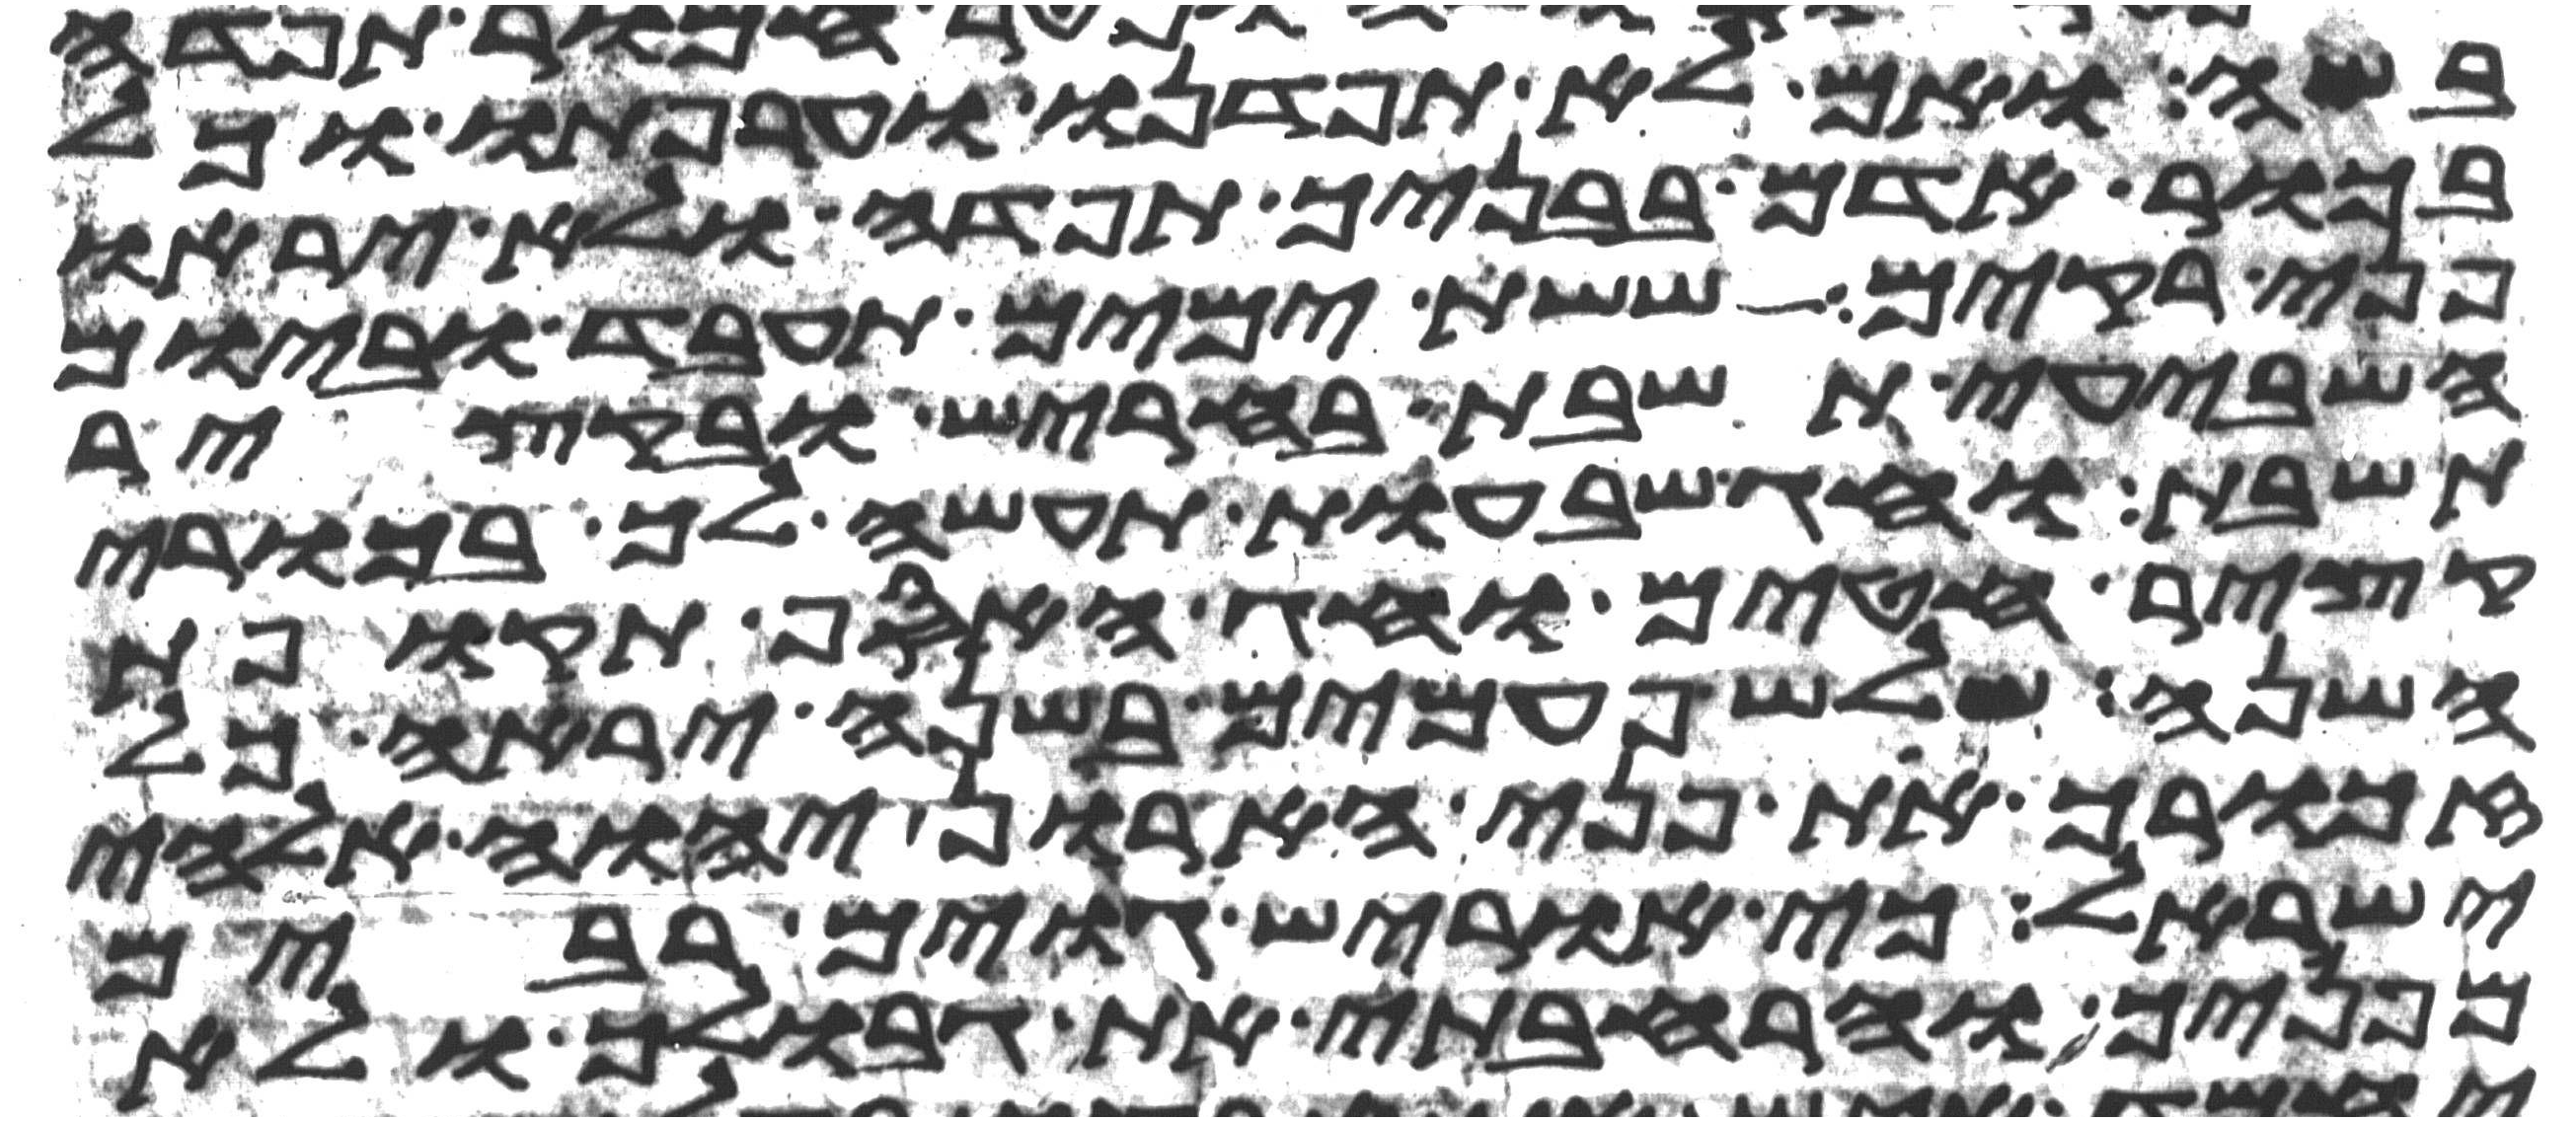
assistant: בשה ואם לא תפדנו וערפתו וכל
בכור אדם בבניך תפדה ולא יראו
פני רקים ששת ימים תעבד וביום
השביעי תשבת בחריש ובקציר
תשבת וחג שבעות תעשה לך בכורי
קציר חטים וחג האסף תקופת
השנה שלש פעמים בשנה יראה כל
זכורך את פני הארון יהוה אלהי
ישראל כי אוריש גוים רבים
מפניך והרחבתי את גבולך ולא